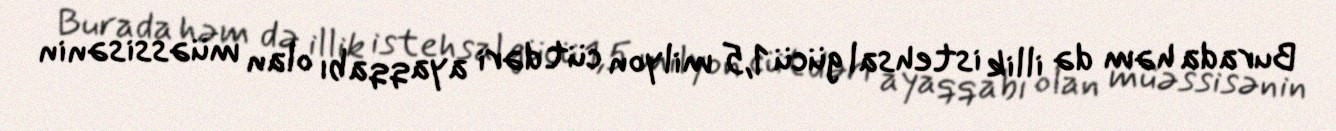
Burada həm də illik istehsal gücü 1,5 milyon cüt dəri ayaqqabı olan müəssisənin